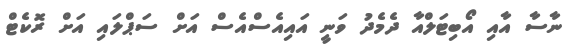
ނާސާ އާއި އޯބިޓަލްއާ ދެމެދު ވަނީ އައިއެސްއެސް އަށް ސަޕްލައި އަށް ރޮކެޓް